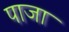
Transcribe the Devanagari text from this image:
पाजा